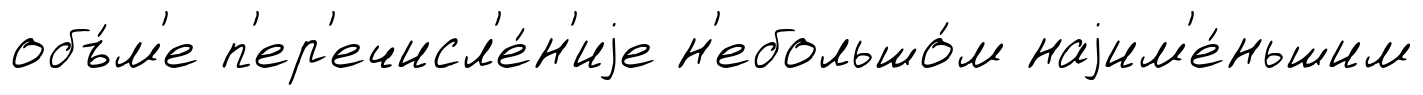
объ́м'е п'ер'ечисл'е́н'иjе н'ебольшо́м наjим'е́ньшим